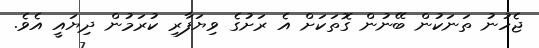
ޖެހުނު ތަނަކުން ބޭނުން ގޮތަކަށް އެ ރަށުގެ ވިޔަފާރި ކުރަމުން ދިޔައީ އެވެ.